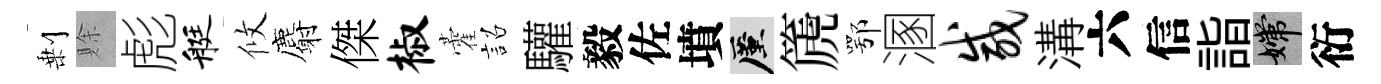
剰賖彪艇攸麝傑椒藿詔驩毅佐墳厪篪鄂溷咸溝六信詣嫦衍